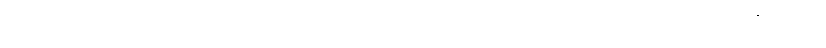
စောင်းခွက်သည်။ သိယာ၊ ရှိခဲ့အံ့။ ဒဏ္ဍံ၊ စောင်းလက်သည်။ သိယာ၊ ရှိခဲ့အံ့။ ဥပဝီဏော၊